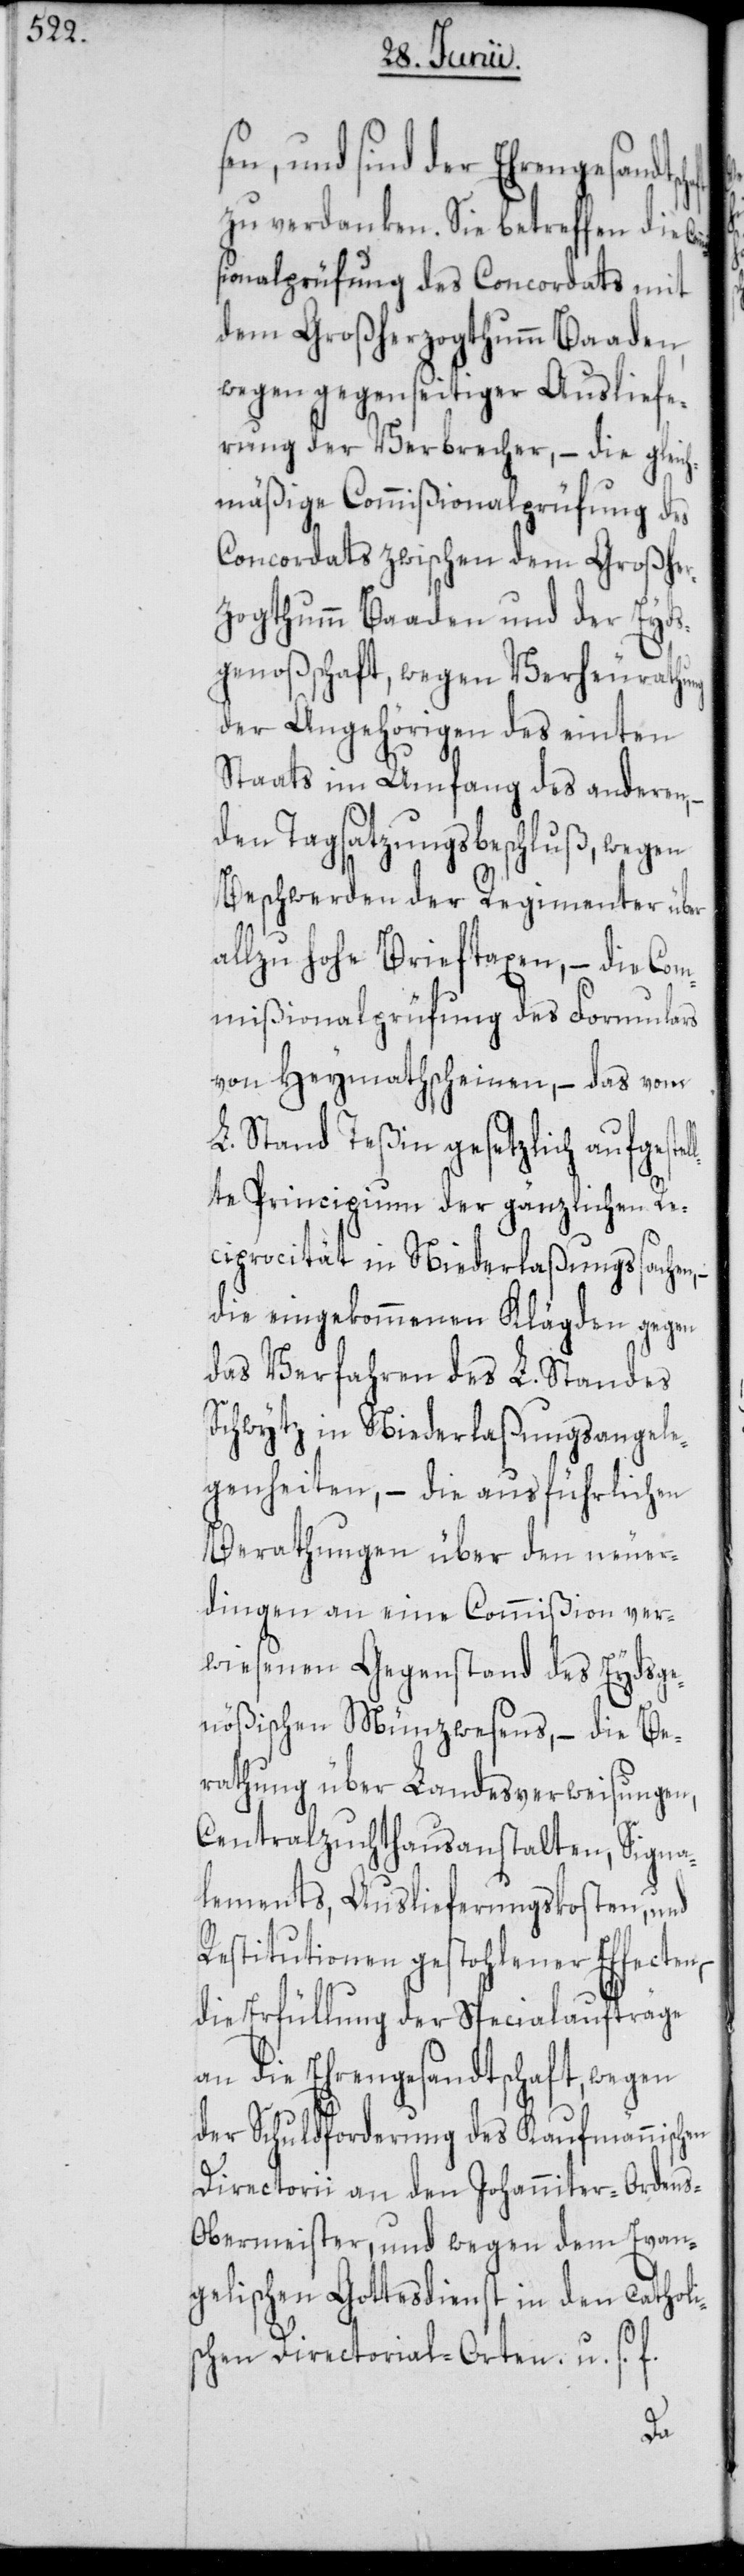
Johanniter-Ordens-O¬
zu verdanken. Sie betreffen die Co¬
ionalprüfung des Concordats mit
dem Großherzogthumm Baaden,
wegen gegenseitiger Ausliefe¬
rung der Verbrecher, – die gleich¬
mäßige Commißionalprüfung des
Concordats zwischen dem Großher¬
zogthumm Baaden und der Eyds¬
genoßenschaft, wegen Verheurathung
der Angehörigen des einten
Staats im Umfang des anderen,
den Tagsatzungsbeschluß, wegen
Beschwerden der Regimenter über
allzu hohe Brieftaxen, – die Com¬
mißionalprüfung des Formulars
von Heymathscheinen, – das vom
L. Stand Teßin gesetzlich aufgest¬
lte Principium der gänzlichen Re¬
ciprocität in Niederlaßungssachen,
die eingekommenen Klägden gegen
das Verfahren des L. Standes
Schwytz in Niederlaßungsangele¬
genheiten, – die ausführlichen
Berathungen über den neuer¬
dingen an eine Commißion ver¬
wiesenen Gegenstand des Eydsge¬
nößischen Münzwesens, – die Be¬
rathung über Landesverweisungen,
Centralzuchthausanstalten, Signa¬
lements, Auslieferungskosten, und
Restitutionen gestohlener Effecten,
die Erfüllung der Specialaufträge
an die Ehrengesandtschaft, wegen
der Schuldforderung des Kaufmännischen
bermeister, und wegen dem Evan¬
gelischen Gottesdienst in den catholi¬
schen Directorial-Orten. u. s. f.
el¬